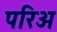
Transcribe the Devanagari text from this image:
परिअ